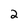
Character: 2